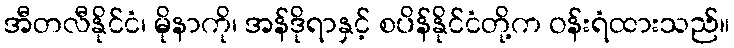
အီတလီနိုင်ငံ၊ မိုနာကို၊ အန်ဒိုရာနှင့် စပိန်နိုင်ငံတို့က ဝန်းရံထားသည်။